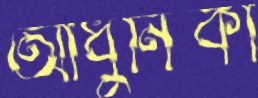
আধুনিকী